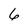
Character: 6